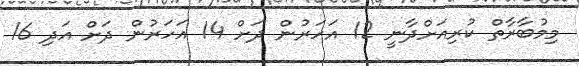
މިމުބާރާތް ކުރިއަށްދާނީ 12 އަހަރުން ދަށް 14 އަހަރުން ދަށް އަދި 16